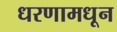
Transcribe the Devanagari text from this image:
धरणामधून